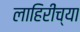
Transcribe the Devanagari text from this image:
लाहिरींच्या